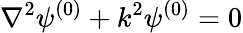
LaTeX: \nabla^{2}\psi^{(0)}+k^{2}\psi^{(0)}=0